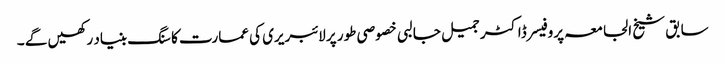
سابق شیخ الجامعہ پروفیسر ڈاکٹر جمیل جالبی خصوصی طور پر لائبریری کی عمارت کا سنگ بنیاد رکھیں گے ۔